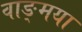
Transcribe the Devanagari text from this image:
वाङ्मया